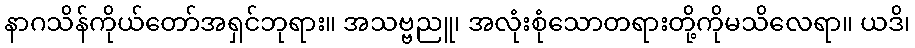
နာဂသိန်ကိုယ်တော်အရှင်ဘုရား။ အသဗ္ဗညူ၊ အလုံးစုံသောတရားတို့ကိုမသိလေရာ။ ယဒိ၊